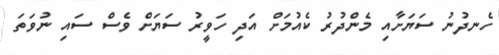
ހެނދުނު ސަޔަށާއި މެންދުރު ކެއުމަށް އަދި ހަވީރު ސަޔަށް ވެސް ސައި ނުވަތަ